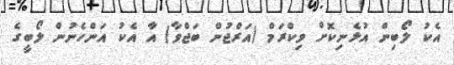
އެކު ލޯބިން އުޅެނިކޮށް ވިކްރަމް (އަރްޖުން ބަޖްވާ) އާ އެކު އަންހެނުން ލޯބީގެ